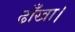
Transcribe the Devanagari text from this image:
ढाँखा।